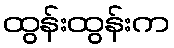
ထွန်းထွန်းက